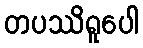
တပဿိရူပေါ